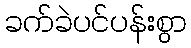
ခက်ခဲပင်ပန်းစွာ